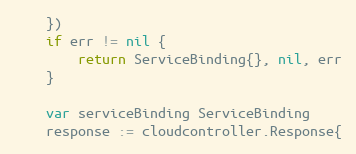
Language: Go
	})
	if err != nil {
		return ServiceBinding{}, nil, err
	}

	var serviceBinding ServiceBinding
	response := cloudcontroller.Response{